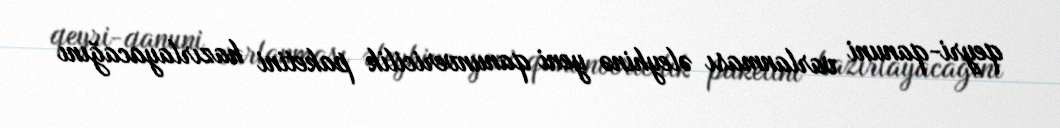
qeyri-qanuni varlanması əleyhinə yeni qanunvericilik paketini hazırlayacağını